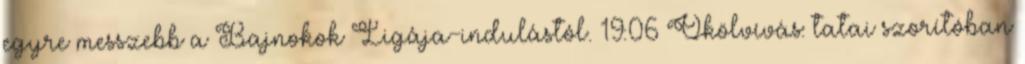
egyre messzebb a Bajnokok Ligája-indulástól. 19:06 Ökölvívás: tatai szorítóban